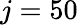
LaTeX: j=50